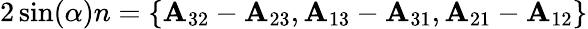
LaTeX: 2\sin(\alpha)n=\{ \mathbf{A}_{32}-\mathbf{A}_{23},\mathbf{A}_{13}-\mathbf{A}_{31},\mathbf{A}_{21}-\mathbf{A}_{12}\}